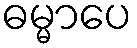
ဓမ္မာပေ